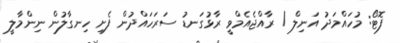
ފޮޓޯ: މުހައްމަދު އަނިލް / ރާއްޖެއެމްވީ ރާޅުގަނޑު ސަރަހައްދުން ފެށި ހިނގާލުން ނިންމާލީ